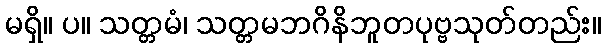
မရှိ။ ပ။ သတ္တမံ၊ သတ္တမဘဂိနိဘူတပုဗ္ဗသုတ်တည်း။